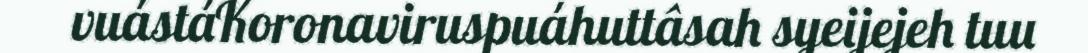
vuástáKoronaviruspuáhuttâsah syeijejeh tuu